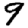
Digit: 9